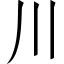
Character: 川